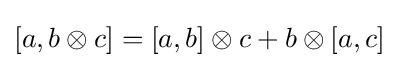
[a,b\otimes c]=[a,b]\otimes c+b\otimes [a,c]